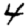
Digit: 4